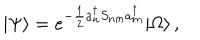
| \Psi \rangle = e ^ { - \frac { 1 } { 2 } a _ { n } ^ { \dagger } S _ { n m } a _ { m } ^ { \dagger } } | \Omega \rangle \, ,